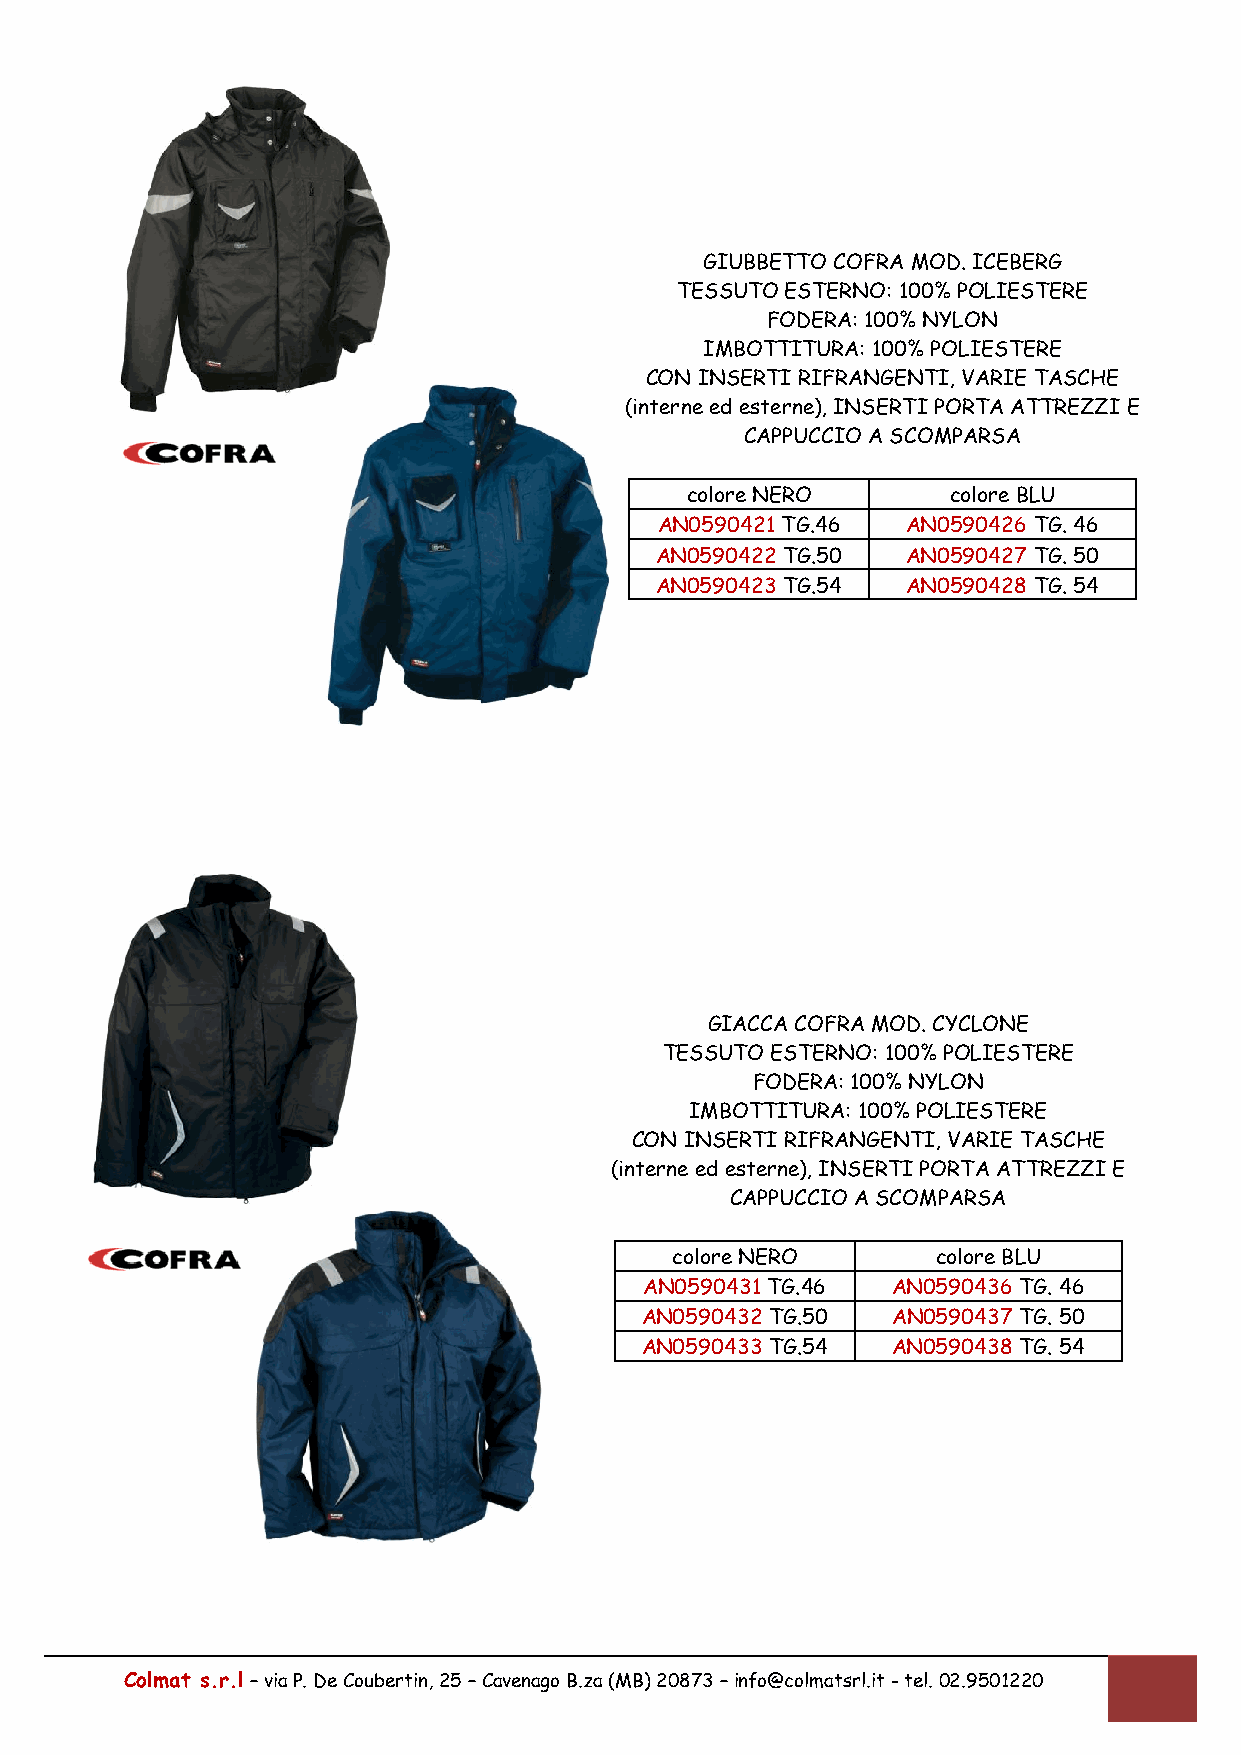
GIUBBETTO COFRA MOD. ICEBERG
 TESSUTO ESTERNO: 100% POLIESTERE
 FODERA: 100% NYLON
 IMBOTTITURA: 100% POLIESTERE
 CON INSERTI RIFRANGENTI, VARIE TASCHE
 (interne ed esterne), INSERTI PORTA ATTREZZI E
 CAPPUCCIO A SCOMPARSA
 colore NERO       colore BLU
 AN0590421 TG.46 AN0590426 TG. 46
 AN0590422 TG.50  AN0590427 TG. 50
 AN0590423 TG.54  AN0590428 TG. 54
 GIACCA COFRA MOD. CYCLONE
 TESSUTO ESTERNO: 100% POLIESTERE
 FODERA: 100% NYLON
 IMBOTTITURA: 100% POLIESTERE
 CON INSERTI RIFRANGENTI, VARIE TASCHE
 (interne ed esterne), INSERTI PORTA ATTREZZI E
 CAPPUCCIO A SCOMPARSA
 colore NERO       colore BLU
 AN0590431 TG.46 AN0590436 TG. 46
 AN0590432 TG.50  AN0590437 TG. 50
 AN0590433 TG.54  AN0590438 TG. 54
 Colmat s.r.l – via P. De Coubertin, 25 – Cavenago B.za (MB) 20873 – info@colmatsrl.it - tel. 02.9501220